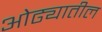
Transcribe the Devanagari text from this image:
ओढ्यातील